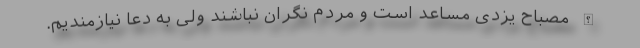
الله مصباح یزدی مساعد است و مردم نگران نباشند ولی به دعا نیازمندیم.